Vaccination in the Punjab 1905-1918 - 1905-1918
Year: 1905
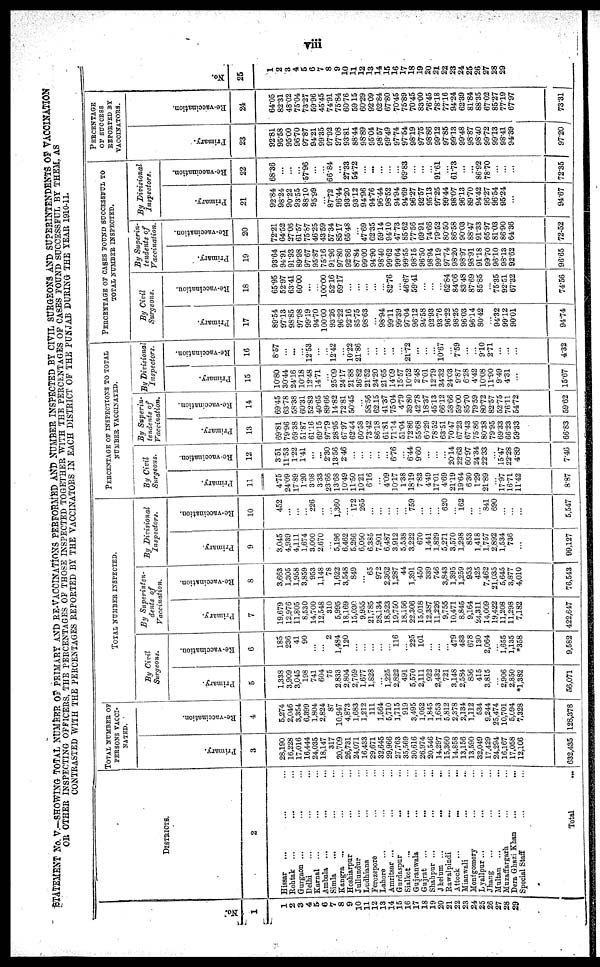
viii
STATEMENT No. V.—SHOWING TOTAL NUMBER OF PRIMARY AND RE-VACCINATIONS PERFORMED AND NUMBER INSPECTED BY CIVIL SURGEONS AND SUPERINTENDENTS OF VACCINATION
OR OTHER INSPECTING OFFICERS, THE PERCENTAGES OF THOSE INSPECTED TOGETHER WITH THE PERCENTAGES OF CASES FOUND SUCCESSFUL BY THEM, AS
CONTRASTED WITH THE PERCENTAGES REPORTED BY THE VACCINATORS IN EACH DISTRICT OF THE PUNJAB DURING THE YEAR 1910-11.
No
1
1
2
3
4
5
6
7
8
9
10
11
12
13
14
15
16
17
18
19
20
21
22
23
24
25
26
27
28
29
DISTRICTS.
2
Hissar ... ... ...
Rohtak ... ... ...
Gurgaon ... ...
Delhi ... ... ...
Karnal ... ... ...
Ambala ... ... ...
Simla ... ... ...
Kangra ... ... ...
Hoshiarpur ... ...
Jullundur ... ...
Ludhiana ... ...
Ferozepore ... ...
Lahore ... ... ...
Amritsar ... ... ...
Gurdaspur ... ...
Sialkot ... ... ...
Gujranwala ... ...
Gujrat ... ... ...
Shahpur ...
...
...
Jhelum ...
... ...
Rawalpindi ... ...
Attock ...
... ...
Mianwali ... ...
Montgomery ... ...
Lyallpur ... ... ...
Jhang ... ... ...
Multan ... ... ...
Muzaffargarh ... ...
Dera Ghazi Khan ... ...
Special Staff ... ...
Total ...
TOTAL NUMBER OF
PERSONS VACCI-
-----.
Pr i
mar y.
3
28,190
16,228
17,016
16,444
24,035
18,147
317
20,709
26,731
24,071
16,433
29,671
32,645
29,966
27,763
35,569
30,616
26,974
20,546
14,297
15,360
14,858
13,156
13,590
32,049
17,429
24,294
16,167
17,058
12,106
632,435
Re -
va c c i
na t
i
on.
4
5,274
2,046
3,354
6,399
1,804
2,824
87
10,947
4,873
1,683
1,212
111
1,564
5,710
1,715
919
3,495
1,052
1,845
1,653
5,812
2,378
2,134
1,112
534
9,244
25,474
10,701
5,094
7,328
128,378
TOTAL NUMBER INSPECTED.
By Civil
Surgeons.
Primary.
5
1,338
3,909
3,045
198
741
604
75
2,833
2,804
2,769
1,677
1,828
...
1,225
2,822
491
5,570
2,111
922
2,432
721
3,148
2,584
856
415
3,815
...
2,906
2,850
*1,382
56,071
Re-vaccination.
6
185
236
41
90
...
...
2
1,484
120
...
...
...
...
...
116
...
225
101
...
...
...
479
483
678
130
2,064
...
1,655
1,135
*358
9,582
By Superinten-
dents of
Vaccination.
Primary.
7
19,679
12,976
11,805
8,530
14,700
12,548
310
5,995
18,169
15,030
9,955
21,785
28,134
18,523
19,750
18,156
22,306
15,018
12,387
11,226
9,755
10,471
8,845
9,164
24,311
14,009
19,422
11,208
11,298
7,182
422,647
Re-vaccination.
8
3,663
1,305
1,958
3,859
953
1,148
78
1,622
3,548
849
...
65
972
2,362
1,287
44
1,391
450
339
746
3,843
1,395
1,259
953
425
7,462
21,035
5,645
3,877
4,010
76,543
By Divisional
Inspectors.
Primary.
9
3,045
4,939
4,111
1,674
3,000
2,670
...
5,196
6,462
5,266
6,050
6,385
7,901
6,487
3,912
5,538
3,222
670
1,441
1,829
5,271
3,570
1,298
853
1,418
1,757
2,892
1,534
736
...
99,127
Re-vaccination.
10
452
...
...
...
226
...
...
1,360
...
172
265
...
...
...
...
...
759
...
...
...
620
...
162
...
...
841
690
...
...
...
5,547
PERCENTAGE OF INSPECTIONS TO TOTAL
NUMBER VACCINATED.
By Civil
Surgeons.
Primary.
11
4.75
24.09
17.89
1.20
3.08
3.33
23.66
13.68
10.49
11.50
10.21
6.16
...
4.09
10.17
1.38
18.19
7.83
4.49
17.01
4.69
21.19
19.64
6.30
1.29
21.89
...
17.97
16.71
11.42
8.87
Re-vaccination.
12
3.51
11.53
1.22
1.41
...
...
2.30
13.56
2.46
...
...
...
...
...
6.76
...
6.44
9.60
...
...
...
20.14
22.63
60.97
24.34
22.33
...
15.47
22.28
4.89
7.46
By Superin-
tendents of
Vaccination.
Primary.
13
69.81
79.96
69.38
51.87
61.16
69.15
97.79
28.95
67.97
62.44
60.58
73.42
86.18
61.81
71.14
51.04
72.86
55.68
60.29
78.52
63.51
70.47
67.23
67.43
75.86
80.38
79.95
69.33
66.23
59.33
66.83
Re-vaccination.
14
69.45
63.78
58.38
60.31
52.83
40.65
89.66
14.82
72.81
50.45
...
58.56
62.15
41.37
75.04
4.79
39.80
42.78
18.37
45.13
66.12
58.66
59.00
85.70
79.59
80.72
82.57
52.75
76.11
54.72
59.62
By Divisional
Inspectors.
Primary.
15
10.80
30.44
24.16
10.18
12.48
14.71
...
25.09
24.17
21.88
36.82
21.52
24.20
21.65
14.09
15.57
10.52
2.48
7.01
12.79
34.32
24.03
9.87
6.28
4.42
10.08
11.90
9.49
4.31
...
15.67
Re-vaccination.
16
8.57
...
...
...
12.53
...
...
12.42
...
10.22
21.86
...
...
...
...
...
21.72
...
...
...
10.67
...
7.59
...
...
9.10
2.71
...
...
...
4.32
PERCENTAGE OF CASES FOUND SUCCESSFUL TO
TOTAL NUMBER INSPECTED.
By Civil
Surgeons.
Primary.
17
89.54
97.13
98.85
97.98
99.19
94.70
100.00
93.26
96.22
92.16
85.75
98.63
...
98.94
99.11
99.39
97.04
96.12
94.58
92.93
93.76
96.22
98.25
96.03
96.14
80.42
...
94.32
99.12
90.01
94.74
Re-vaccination.
18
65.95
52.97
63.41
60.00
...
...
100.00
52.16
69.17
...
...
...
...
...
82.76
...
46.67
59.41
...
...
...
62.84
84.06
83.48
87.69
85.85
...
75.35
92.51
67.32
74.56
By Superin-
tendents of
Vaccination.
Primary.
19
93.64
94.91
91.93
89.98
97.67
95.87
75.16
91.96
97.80
92.86
87.84
99.00
94.90
98.40
99.62
99.64
99.55
98.15
96.50
98.94
99.19
97.74
98.20
98.97
98.91
91.18
99.70
96.10
98.13
92.62
96.65
Re-vaccination.
20
72.21
64.52
27.06
61.57
75.87
46.25
43.59
57.34
85.17
65.48
...
47.69
62.35
59.14
94.10
47.73
85.62
77.56
69.91
74.66
79.52
80.50
86.58
90.03
88.47
91.33
65.97
81.03
86.90
64.36
72.52
By Divisional
Inspectors.
Primary.
21
92.84
98.24
90.22
93.55
88.10
95.99
...
87.72
96.44
93.20
93.12
94.96
94.76
96.44
98.52
94.94
94.69
96.27
92.57
95.13
97.25
99.44
98.07
96.13
89.70
94.42
96.27
96.54
95.24
...
94.67
Re-vaccination.
22
68.36
...
...
...
57.96
...
...
66.84
...
27.33
54.72
...
...
...
...
...
69.83
...
...
...
91.61
...
61.73
...
...
86.92
78.70
...
...
...
72.35
PERCENTAGE
OF SUCCESS
REPORTED BY
VACCINATORS.
Primary.
23
92.81
95.58
95.00
96.70
97.87
94.21
99.35
97.92
97.08
93.81
88.44
98.89
95.04
98.57
99.49
97.74
97.54
98.19
97.75
98.86
99.12
97.85
99.13
99.48
98.87
98.40
99.72
99.13
98.41
94.39
97.20
Re-vaccination.
24
64.05
82.31
48.02
75.04
73.27
59.96
45.45
74.91
75.84
60.76
59.15
60.29
92.09
62.84
67.80
70.45
75.89
70.45
83.00
76.45
78.18
77.16
94.24
62.39
81.84
88.35
67.02
85.27
77.19
67.97
73.31
No.
25
1
2
3
4
5
6
7
8
9
10
11
12
13
14
15
16
17
18
19
20
21
22
23
24
25
26
27
28
29